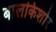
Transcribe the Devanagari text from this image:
बालकिशोर